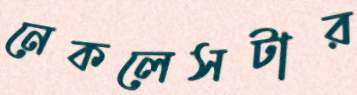
নেকলেসটার